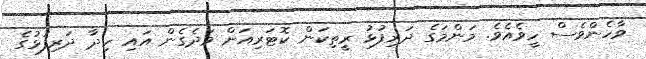
ވާހެންވެސް ހީވެއެވެ. މަންމަގެ ދަރިފުޅު ރީތިކަން ކޮޓަރިއަށް ވަދެގެން އައި ހިދާ ދަރިފުޅުގެ